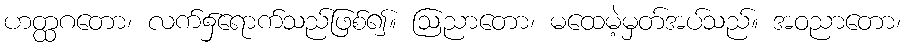
ဟတ္ထဂတော၊ လက်၌ရောက်သည်ဖြစ်၍။ ဩညာတော၊ မထေမဲ့မှတ်အပ်သည်။ အဝညာတော၊